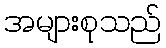
အများစုသည်